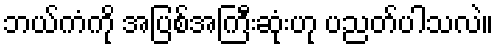
ဘယ်ကံကို အပြစ်အကြီးဆုံးဟု ပညတ်ပါသလဲ။